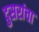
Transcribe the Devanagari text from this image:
दुसरांचा